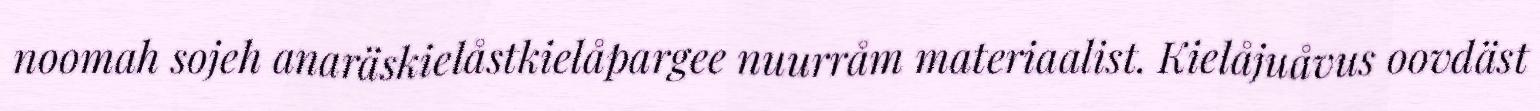
noomah sojeh anaräskielåstkielåpargee nuurråm materiaalist. Kielåjuåvus oovdäst